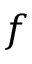
f